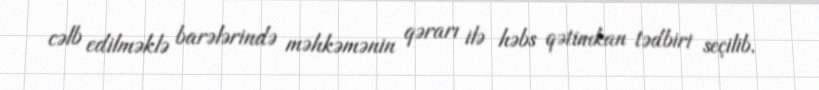
cəlb edilməklə barələrində məhkəmənin qərarı ilə həbs qətimkan tədbiri seçilib.